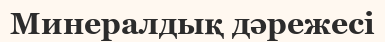
Минералдық дәрежесі